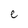
Character: e